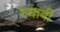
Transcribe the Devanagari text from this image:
घ्‍यावी